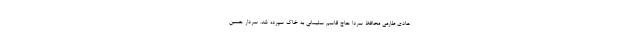
هادی طارمی محافظ سردا حاج قاسم سلیمانی به خاک سپرده شد. سردار حسین